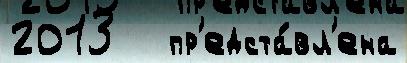
2013   пр'едста́вл'ена